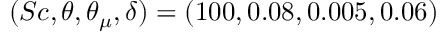
( S c , \theta , \theta _ { \mu } , \delta ) = ( 1 0 0 , 0 . 0 8 , 0 . 0 0 5 , 0 . 0 6 )